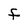
Character: F